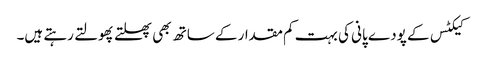
کیکٹس کے پودے پانی کی بہت کم مقدار کے ساتھ بھی پھلتے پھولتے رہتے ہیں۔